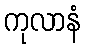
ကုလာနံ